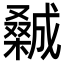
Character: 𣜽